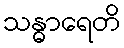
သန္ဓာရေတိ